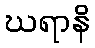
ဃရာနိ